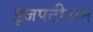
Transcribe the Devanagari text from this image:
इजपटीअम